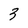
Character: 9